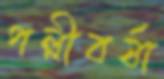
পল্লীবর্ষা